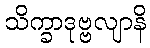
သိက္ခာဒုဗ္ဗလျာနိ